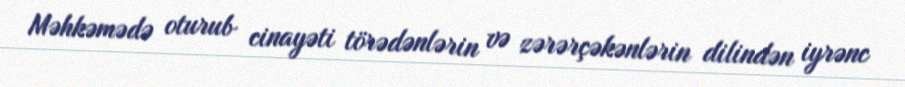
Məhkəmədə oturub cinayəti törədənlərin və zərərçəkənlərin dilindən iyrənc